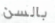
بالسن